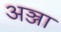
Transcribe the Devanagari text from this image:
अञ्जा